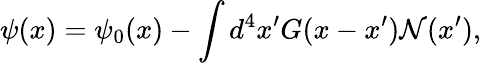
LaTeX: \psi(x)=\psi_{0}(x)-\int d^{4}x^{\prime}G(x-x^{\prime}){\cal N}(x^{\prime}),